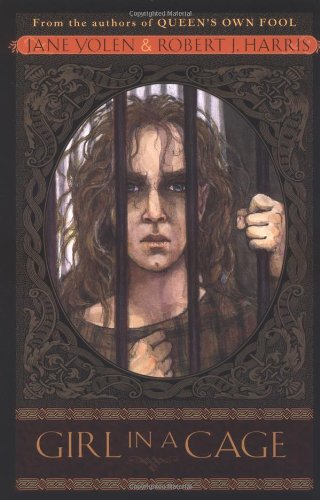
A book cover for Girl in a Cage (Stuart Quartet); Jane Yolen; Teen & Young Adult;